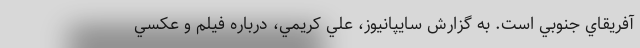
آفريقاي جنوبي است. به گزارش سايپانيوز، علي كريمي، درباره فيلم و عكسي